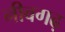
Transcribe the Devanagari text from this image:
नीवगढ़